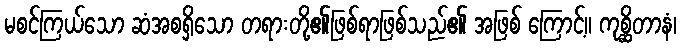
မစင်ကြယ်သော ဆံအစရှိသော တရားတို့၏ဖြစ်ရာဖြစ်သည်၏ အဖြစ် ကြောင့်။ ကုစ္ဆိတာနံ၊